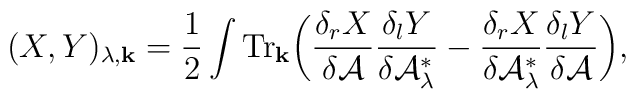
(X,Y)_{\lambda,{\bf k}}=\frac{1}{2}\int{\mbox{Tr}}_{\bf k}\bigg(   {\delta_r X \over \delta {\cal A}}          {\delta_l Y \over \delta {\cal A}_\lambda^*}          -{\delta_r X \over \delta {\cal A}_\lambda^*}          {\delta_l Y \over \delta {\cal A}} \bigg),